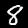
Label: 8